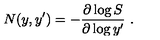
N ( y , y ^ { \prime } ) = - { \frac { \partial \log S } { \partial \log y ^ { \prime } } } \ .